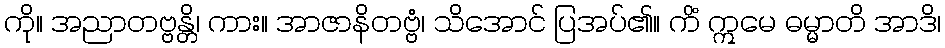
ကို။ အညာတဗ္ဗန္တိ၊ ကား။ အာဇာနိတဗ္ဗံ၊ သိအောင် ပြအပ်၏။ ကိံ ဣမေ ဓမ္မာတိ အာဒိ၊